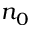
n _ { 0 }